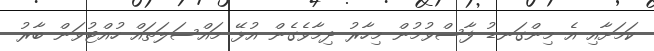
ކަމަށާއި އެ މިންގަނޑު ފާސްވުމުން މިހާރު ދިމާވެގެން އުޅޭ މައްސަލަތައް ހުއްޓުވަން ބާރު